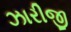
ઝારીજી